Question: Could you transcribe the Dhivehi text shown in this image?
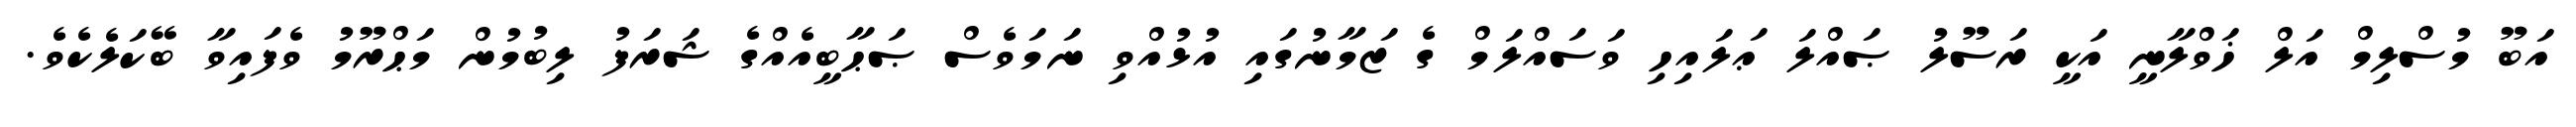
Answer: އަބޫ މުސްލިމް އަލް ޚަވްލާނީ އަކީ ރަސޫލު ޞައްލަ ޢަލައިހި ވަސައްލަމް ގެ ޒަމާނުގައި އުޅުއްވި ނަމަވެސް ޞަޙާބީއެއްގެ ޝަރަފު ލިބުމުން މަޙްރޫމު ވެފައިވާ ބޭކަލެކެވެ.